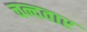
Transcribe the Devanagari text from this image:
चन्दवार